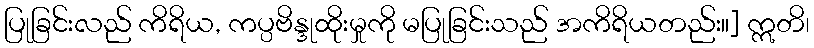
ပြုခြင်းလည် ကိရိယ, ကပ္ပဗိန္ဒုထိုးမှုကို မပြုခြင်းသည် အကိရိယတည်း။] ဣတိ၊